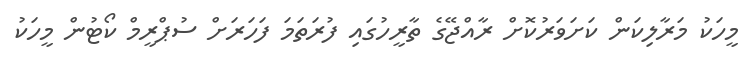
މީހަކު މަރާލިކަން ކަށަވަރުކޮށް ރާއްޖޭގެ ތާރީހުގައި ފުރަތަމަ ފަހަރަށް ސުޕްރީމް ކޯޓުން މީހަކު